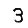
Digit: 3